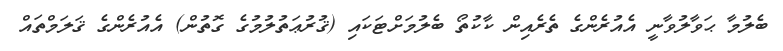
ބެލުމާ ޙަވާލުވާނީ އެއުރެންގެ ތެރެއިން ކާކުތޯ ބެލުމަށްޓަކައި (ޤުރުޢަތުލުމުގެ ގޮތުން) އެއުރެންގެ ޤަލަމްތައް